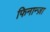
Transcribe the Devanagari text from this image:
फिनान्ज़ा